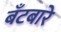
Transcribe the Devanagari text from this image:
बँटबारे